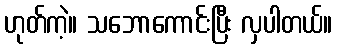
ဟုတ်ကဲ့။ သဘောကောင်းပြီး လှပါတယ်။